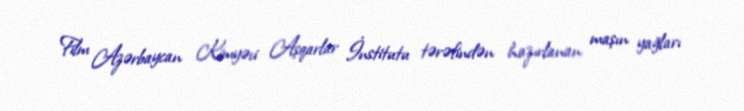
Film Azərbaycan Kimyəvi Aşqarlar İnstitutu tərəfindən hazırlanan maşın yağları